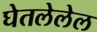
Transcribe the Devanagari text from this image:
घेतलेलेल